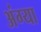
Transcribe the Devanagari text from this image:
अंग्या